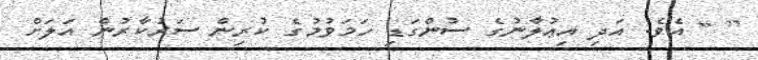
[ ] އެވެ. އަދި އިޢުލާނުގެ ސުންގަޑި ހަމަވުމުގެ ކުރިން ސަރުކާރުން އަލަށް